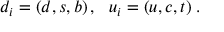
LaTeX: d _ { i } = ( d , s , b ) \, , \, \, \, \, u _ { i } = ( u , c , t ) \; . \nonumber